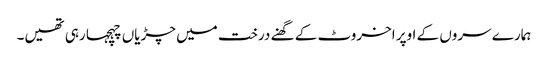
ہمارے سروں کے اوپر اخروٹ کے گھنے درخت میں چڑیاں چہچہا رہی تھیں۔